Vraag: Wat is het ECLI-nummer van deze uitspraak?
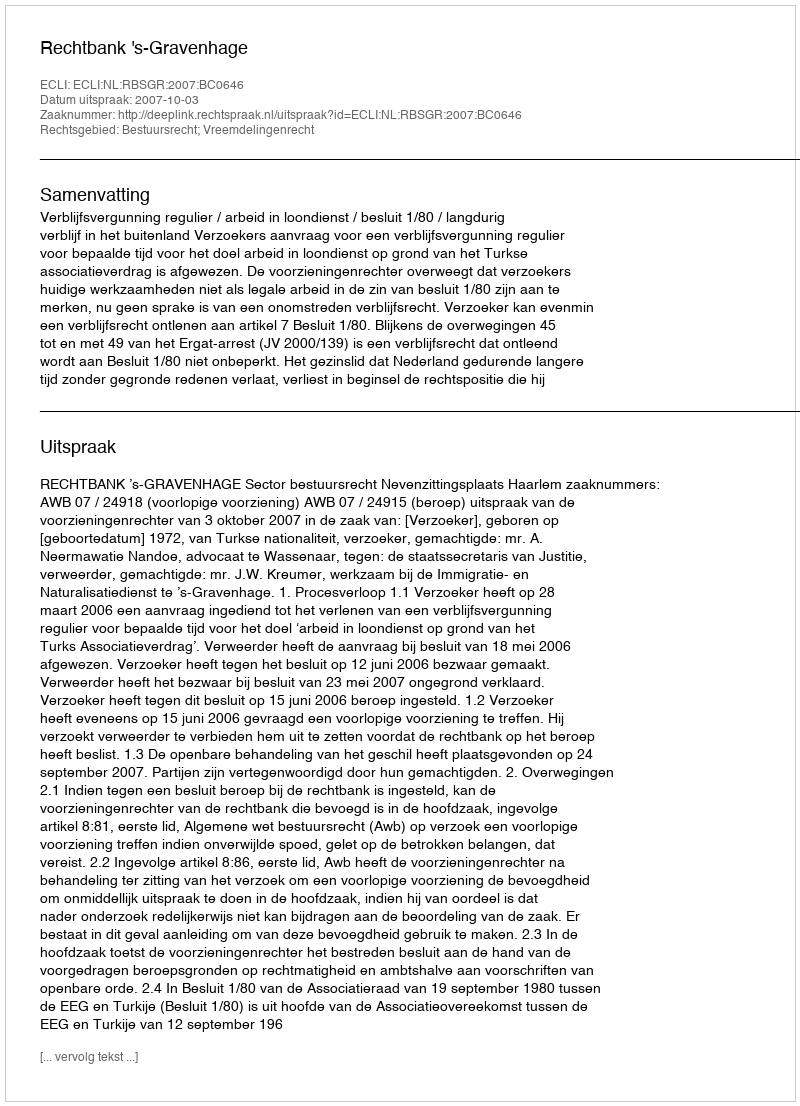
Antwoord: ECLI:NL:RBSGR:2007:BC0646